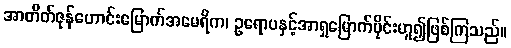
အာတိတ်ဇုန်ဟောင်းမြောက်အမေရိက၊ ဥရောပနှင့်အာရှမြောက်ပိုင်းဟူ၍ဖြစ်ကြသည်။